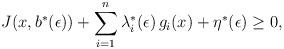
LaTeX: \begin{align*} J(x, b^*(\epsilon)) + \sum_{i=1}^n \lambda_i^*(\epsilon) \, g_i(x) + \eta^*(\epsilon) \geq 0,\end{align*}